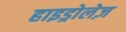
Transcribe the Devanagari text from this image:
हाइड्रोलेज़